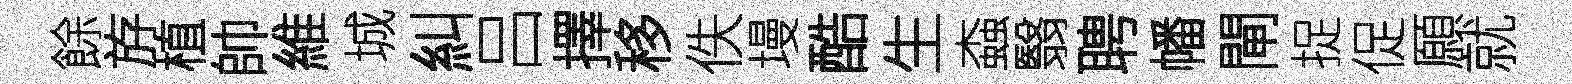
餘斿植帥維城糾吕擇移佚墁酷生螙翳聘幡閘捉促願就